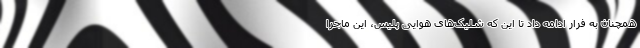
همچنان به فرار ادامه داد تا این که شلیک‌های هوایی پلیس، این ماجرا